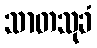
သာတသုခံ